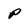
Character: P